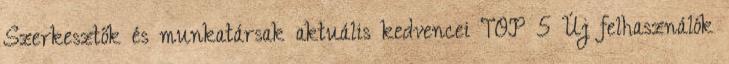
Szerkesztők és munkatársak aktuális kedvencei TOP 5 Új felhasználók